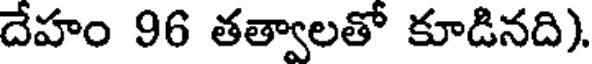
దేహం 96 తత్వాలతో కూడినది).